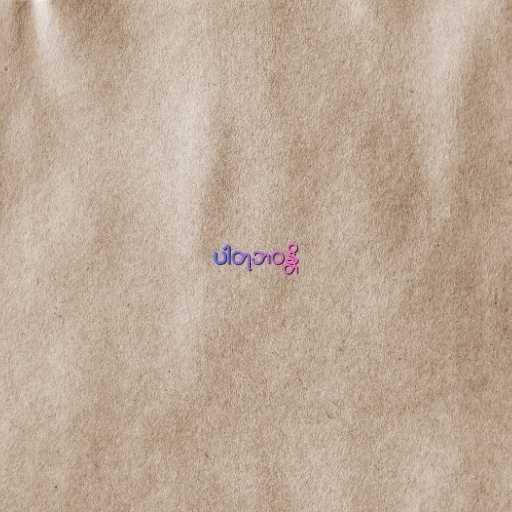
ပါတုဘဝန္တိ